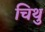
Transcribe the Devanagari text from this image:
चिथु